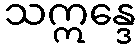
သဣန္ဒေ